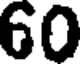
60